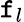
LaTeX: \mathtt{f}_{l}